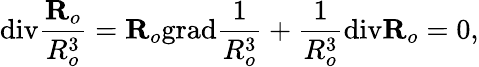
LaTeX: \textrm{div}\frac{\textbf{R}_{o}}{R_{o}^{3}}=\textbf{R}_{o}\textrm{grad}\frac{1}{R_{o}^{3}}+\frac{1}{R_{o}^{3}}\textrm{div}\textbf{R}_{o}=0,